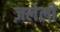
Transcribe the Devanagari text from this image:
ज़लेली